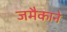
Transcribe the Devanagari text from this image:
जमैकाने